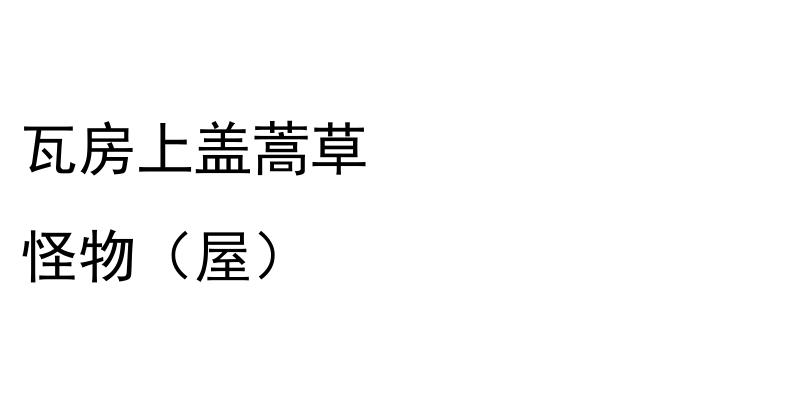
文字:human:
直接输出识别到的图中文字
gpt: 瓦房上盖蒿草 怪物（屋）